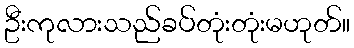
ဦးကုလားသည်ခပ်တုံးတုံးမဟုတ်။